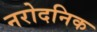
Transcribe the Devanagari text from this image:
नरोदनिक